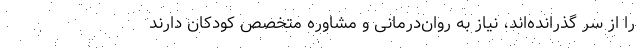
را از سر گذرانده‌اند، نیاز به روان‌درمانی و مشاوره متخصص کودکان دارند